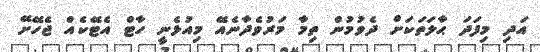
އަދި މިފަދަ ޙާލަތަކަށް ދެވުމުން ތިމާ މަރުވެދާނެއޭ މިއުޅެނީ ހާޓް އެޓޭކެއް ޖެހޭށޭ